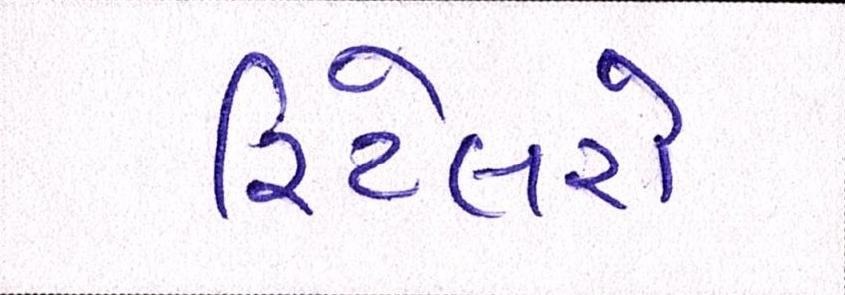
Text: રિટેલરો